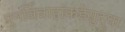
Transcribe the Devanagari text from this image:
पुनर्विवाहांकडेसुद्धा